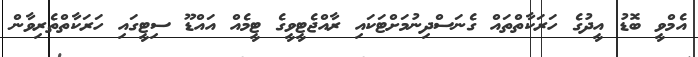
އެމްވީ ބޮޑު އީދުގެ ހަރަކާތްތައް ގެނަސްދިނުމަށްޓަކައި ރާއްޖެޓީވީގެ ޓީމެއް އައްޑޫ ސިޓީގައި ހަރަކާތްތެރިވާން